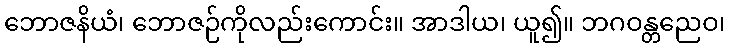
ဘောဇနိယံ၊ ဘောဇဉ်ကိုလည်းကောင်း။ အာဒါယ၊ ယူ၍။ ဘဂဝန္တညေဝ၊